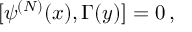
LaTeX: [ \psi ^ { ( N ) } ( x ) , \Gamma ( y ) ] = 0 \, ,